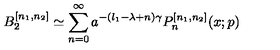
B _ { 2 } ^ { [ n _ { 1 } , n _ { 2 } ] } \simeq \sum _ { n = 0 } ^ { \infty } a ^ { - ( l _ { 1 } - \lambda + n ) \gamma } P _ { n } ^ { [ n _ { 1 } , n _ { 2 } ] } ( x ; p )